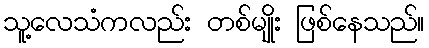
သူ့လေသံကလည်း တစ်မျိုး ဖြစ်နေသည်။